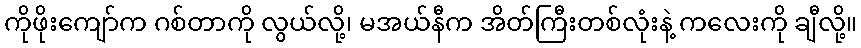
ကိုဖိုးကျော်က ဂစ်တာကို လွယ်လို့၊ မအယ်နီက အိတ်ကြီးတစ်လုံးနဲ့ ကလေးကို ချီလို့။